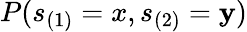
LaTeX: P(s_{(1)}=x,s_{(2)}=\mathbf{y})